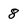
Character: 8